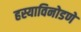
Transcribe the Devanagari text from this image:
हस्याविनोडणे